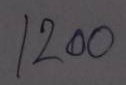
1200